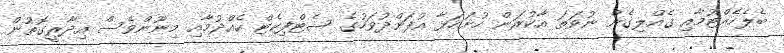
ބެލެހެއްޓުމާއި ގެއްލިގެން ނުވަތަ އާކުރަން ހުށަހަޅާ އުފަންދުވަހުގެ ސެޓްފިކެޓް ހެއްދުމާއި މިނޫންވެސް އިދާރީގޮތުން